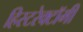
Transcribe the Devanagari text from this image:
हिस्टरेक्टॉमी